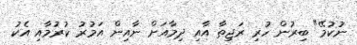
ނުކުމޭ" ބިރުން ހުރި ރަޖިތާ އާއި ދިމާއަށް ނާއިން އަމުރު ކުރުމާއި އެކު